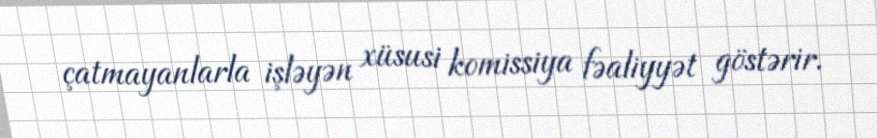
çatmayanlarla işləyən xüsusi komissiya fəaliyyət göstərir.